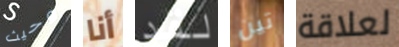
وحيث أنا لقد تين لعلاقة